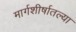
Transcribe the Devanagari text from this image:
मार्गशीर्षातल्या